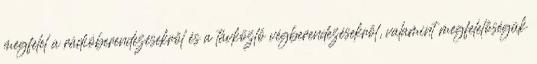
megfelel a rádióberendezésekről és a távközlő végberendezésekről, valamint megfelelőségük